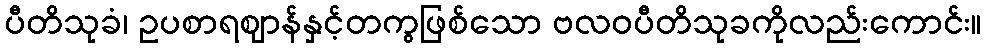
ပီတိသုခံ၊ ဥပစာရဈာန်နှင့်တကွဖြစ်သော ဗလဝပီတိသုခကိုလည်းကောင်း။